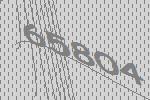
65804